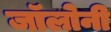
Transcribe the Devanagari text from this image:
जॉलोनी